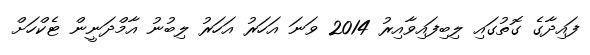
ފައިދާގެ ގޮތުގައި ލިބިފައިވާއިރު 2014 ވަނަ އަހަރު އަހަރު ލިބުނު އާމްދަނީން ޓެކްހަށް